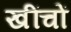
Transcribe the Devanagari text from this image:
खींचों